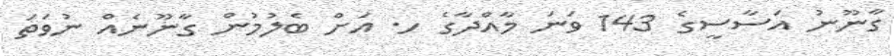
ގާނޫނު އަސާސީގެ 143 ވަނަ މާއްދާގެ ހ. އަށް ބެލުމުން ގާނޫނެއް ނުވަތަ